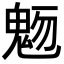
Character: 𩲬